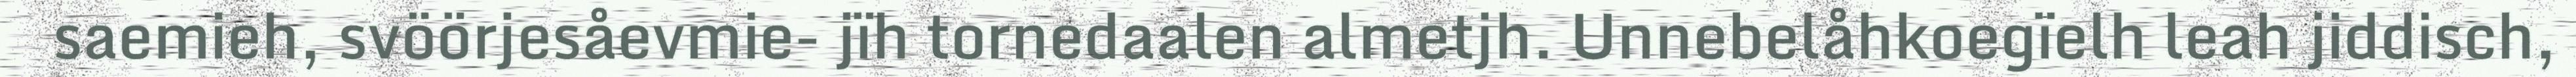
saemieh, svöörjesåevmie- jïh tornedaalen almetjh. Unnebelåhkoegïelh leah jiddisch,